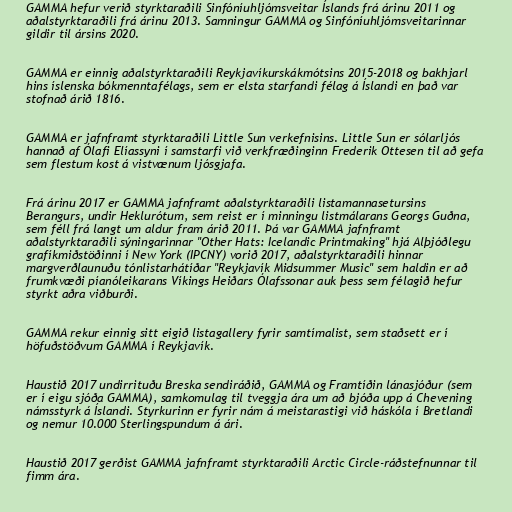
GAMMA hefur verið styrktaraðili Sinfóníuhljómsveitar Íslands frá árinu 2011 og
aðalstyrktaraðili frá árinu 2013. Samningur GAMMA og Sinfóníuhljómsveitarinnar
gildir til ársins 2020.

GAMMA er einnig aðalstyrktaraðili Reykjavíkurskákmótsins 2015-2018 og bakhjarl
hins íslenska bókmenntafélags, sem er elsta starfandi félag á Íslandi en það var
stofnað árið 1816.

GAMMA er jafnframt styrktaraðili Little Sun verkefnisins. Little Sun er sólarljós
hannað af Ólafi Elíassyni í samstarfi við verkfræðinginn Frederik Ottesen til að gefa
sem flestum kost á vistvænum ljósgjafa.

Frá árinu 2017 er GAMMA jafnframt aðalstyrktaraðili listamannasetursins
Berangurs, undir Heklurótum, sem reist er í minningu listmálarans Georgs Guðna,
sem féll frá langt um aldur fram árið 2011. Þá var GAMMA jafnframt
aðalstyrktaraðili sýningarinnar "Other Hats: Icelandic Printmaking" hjá Alþjóðlegu
grafíkmiðstöðinni í New York (IPCNY) vorið 2017, aðalstyrktaraðili hinnar
margverðlaunuðu tónlistarhátíðar "Reykjavík Midsummer Music" sem haldin er að
frumkvæði píanóleikarans Víkings Heiðars Ólafssonar auk þess sem félagið hefur
styrkt aðra viðburði.

GAMMA rekur einnig sitt eigið listagallery fyrir samtímalist, sem staðsett er í
höfuðstöðvum GAMMA í Reykjavík.

Haustið 2017 undirrituðu Breska sendiráðið, GAMMA og Framtíðin lánasjóður (sem
er í eigu sjóða GAMMA), samkomulag til tveggja ára um að bjóða upp á Chevening
námsstyrk á Íslandi. Styrkurinn er fyrir nám á meistarastigi við háskóla í Bretlandi
og nemur 10.000 Sterlingspundum á ári.

Haustið 2017 gerðist GAMMA jafnframt styrktaraðili Arctic Circle-ráðstefnunnar til
fimm ára.